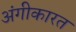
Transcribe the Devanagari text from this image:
अंगीकारत